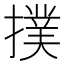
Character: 撲